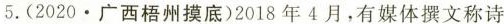
5.(2020 · 广西梧州摸底)2018年4月，有媒体撰文称诗